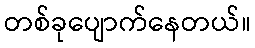
တစ်ခုပျောက်နေတယ်။